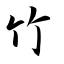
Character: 竹